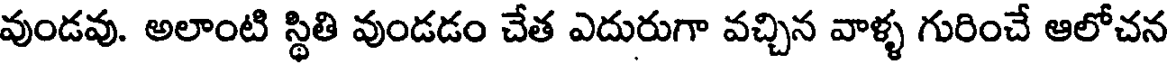
వుండవు. అలాంటి స్థితి వుండడం చేత ఎదురుగా వచ్చిన వాళ్ళ గురించే ఆలోచన